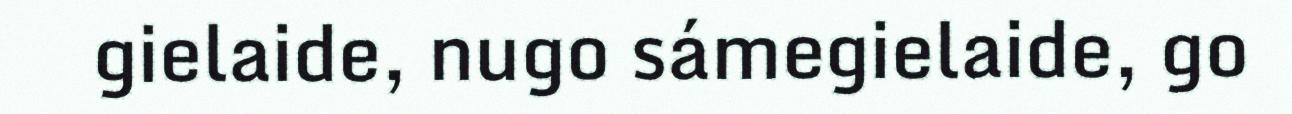
gielaide, nugo sámegielaide, go